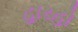
હારહો